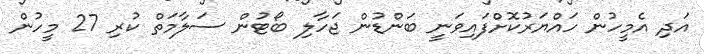
އަދި އެމީހުން ހައްޔަރުކޮށްފައިވަނީ ބަންޑުން ޖަހާލި ބޯޓުން ސަލާމަތް ކުރި 27 މީހުން